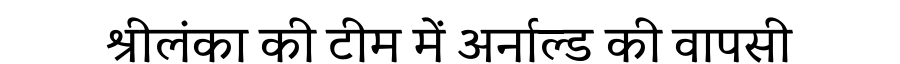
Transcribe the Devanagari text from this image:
श्रीलंका की टीम में अर्नाल्ड की वापसी